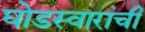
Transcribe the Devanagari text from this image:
घोडस्वारांची